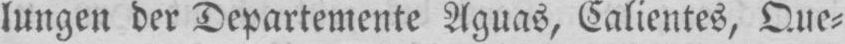
lungen der Departemente Aguas, Calientes, Que⸗